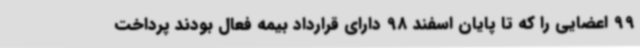
99 اعضایی را که تا پایان اسفند 98 دارای قرارداد بیمه فعال بودند پرداخت